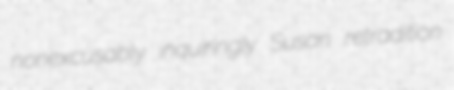
nonexcusably inquiringly Susan retradition